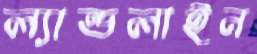
ল্যান্ডলাইন